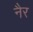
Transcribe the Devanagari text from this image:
नैर